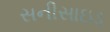
સનીસાઇડ